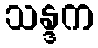
သန္ဒက